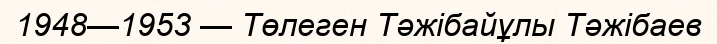
1948—1953 — Төлеген Тәжібайұлы Тәжібаев